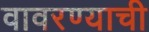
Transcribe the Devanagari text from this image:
वावरण्याची